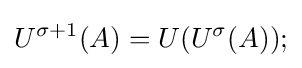
U^{\sigma +1}(A)=U(U^{\sigma }(A));